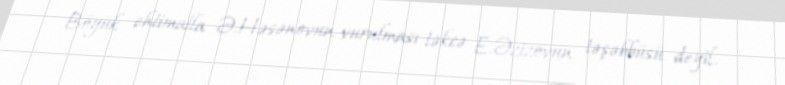
Böyük ehtimalla Ə.Həsənovun vurulması təkcə E.Əzizovun təşəbbüsü deyil.